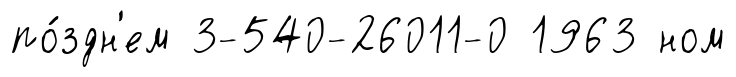
по́здн'ем 3-540-26011-0 1963 ном